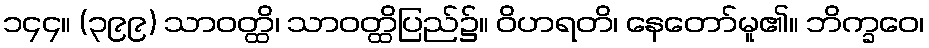
၁၄၄။ (၃၉၉) သာဝတ္ထိ၊ သာဝတ္ထိပြည်၌။ ဝိဟရတိ၊ နေတော်မူ၏။ ဘိက္ခဝေ၊